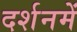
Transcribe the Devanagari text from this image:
दर्शनमें